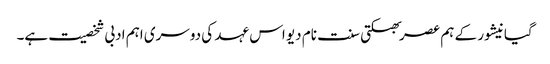
گیانیشور کے ہم عصر بھکتی سنت نام دیو اس عہد کی دوسری اہم ادبی شخصیت ہے۔